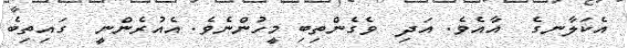
އެކަލާނގެ  އާއެވެ. އަދި  ވެގެންތިބި މީހުންނެވެ. އެއުރެންނީ  ގައިތިބެ